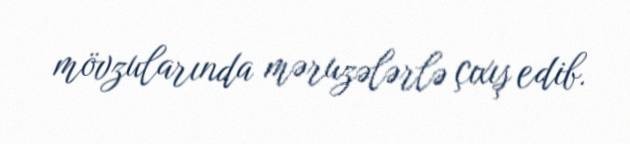
mövzularında məruzələrlə çıxış edib.